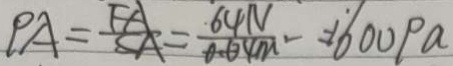
P A = \frac { F A } { S A } = \frac { 6 4 N } { 0 . 0 4 m ^ { 2 } } = 1 6 0 0 P a